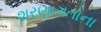
શરણાગતોના